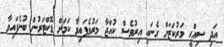
އަދި ސިއްޙީ މަރުކަޒަށް ގެނައި އިރުވެސް ކުއްޖާ މަރުވެފައިވާ ކަމަށް ޑޮކްޓަރުން ބުނެފައިވާ